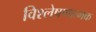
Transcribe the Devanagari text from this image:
विश्‍लेषणात्‍मक